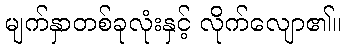
မျက်နှာတစ်ခုလုံးနှင့် လိုက်လျော၏။